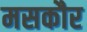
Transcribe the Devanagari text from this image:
मसकौर